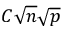
C { \sqrt { n } } { \sqrt { p } }